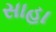
સાહા